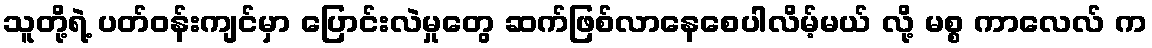
သူတို့ရဲ့ ပတ်ဝန်းကျင်မှာ ပြောင်းလဲမှုတွေ ဆက်ဖြစ်လာနေစေပါလိမ့်မယ် လို့ မစ္စ ကာလေလ် က